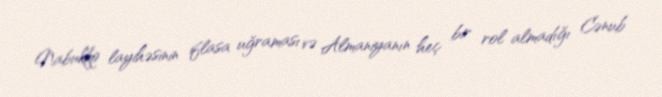
Nabukko layihəsinin iflasa uğraması və Almaniyanın heç bir rol almadığı Cənub